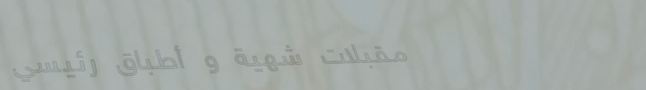
مقبلات شهية و أطباق رئيسي